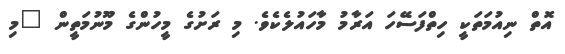
އޮތް ނިއުމަތަކީ ހިތްފަސޭހަ އަރާމު މާހައުލެކެވެ. މި ރަށުގެ މީހުންގެ މޫނުމަތީން "މި